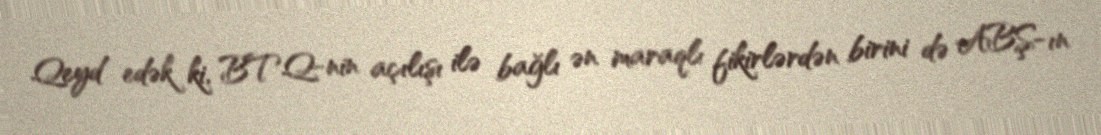
Qeyd edək ki, BTQ-nin açılışı ilə bağlı ən maraqlı fikirlərdən birini də ABŞ-ın